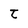
Character: t